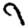
Digit: 9